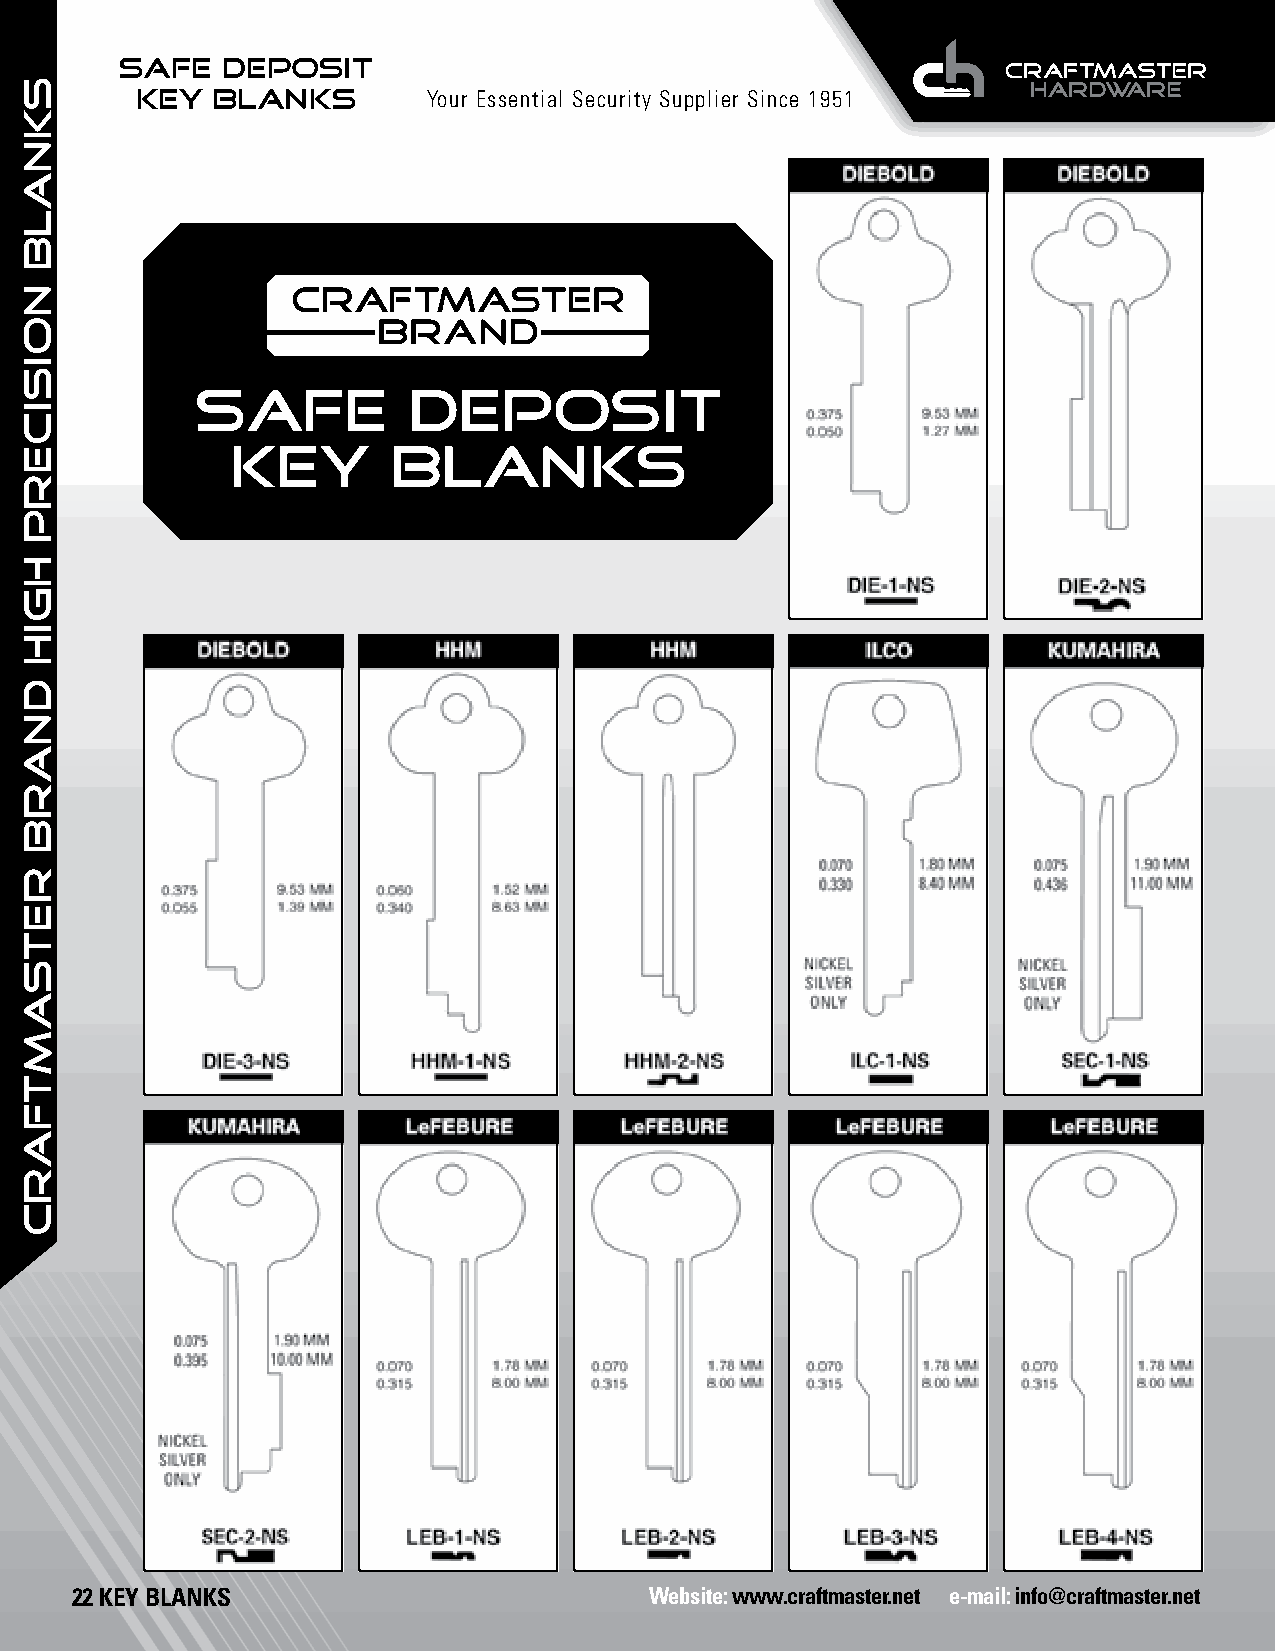
SAFE   DEPOSIT
 KEY  BLANKS        Your Essential Security Supplier Since 1951
 SAFE          DEPOSIT
 KEY        BLANKS
 22 KEY BLANKS                         Website: www.craftmaster.net e-mail: info@craftmaster.net
 SKNALB
 NOISICERP
 HGIH
 dnarb
 retsamtfarc